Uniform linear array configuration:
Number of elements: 12
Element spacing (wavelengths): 0.75
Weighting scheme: kaiser
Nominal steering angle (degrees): -45
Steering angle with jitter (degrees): -46.848
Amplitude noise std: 0.05
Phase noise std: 0.05

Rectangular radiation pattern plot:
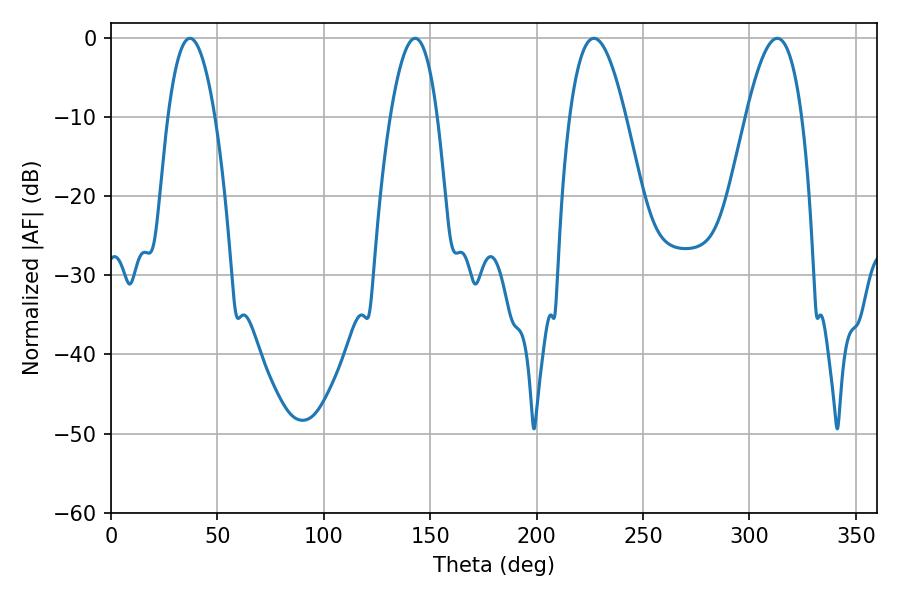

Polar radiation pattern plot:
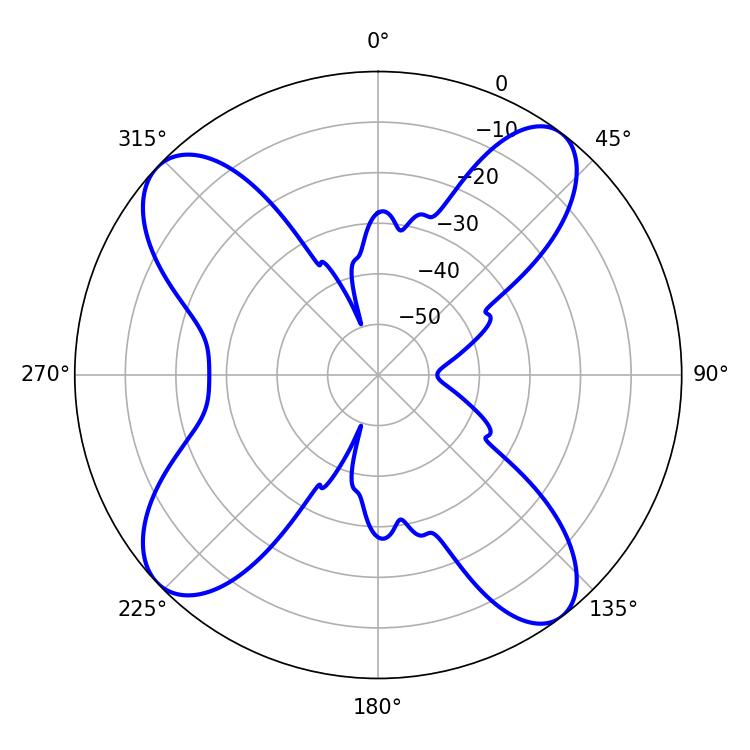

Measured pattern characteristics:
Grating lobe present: TRUE
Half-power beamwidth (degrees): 12.24
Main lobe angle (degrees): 37.08